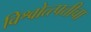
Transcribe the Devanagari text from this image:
विश्वोत्त्पत्तीचा